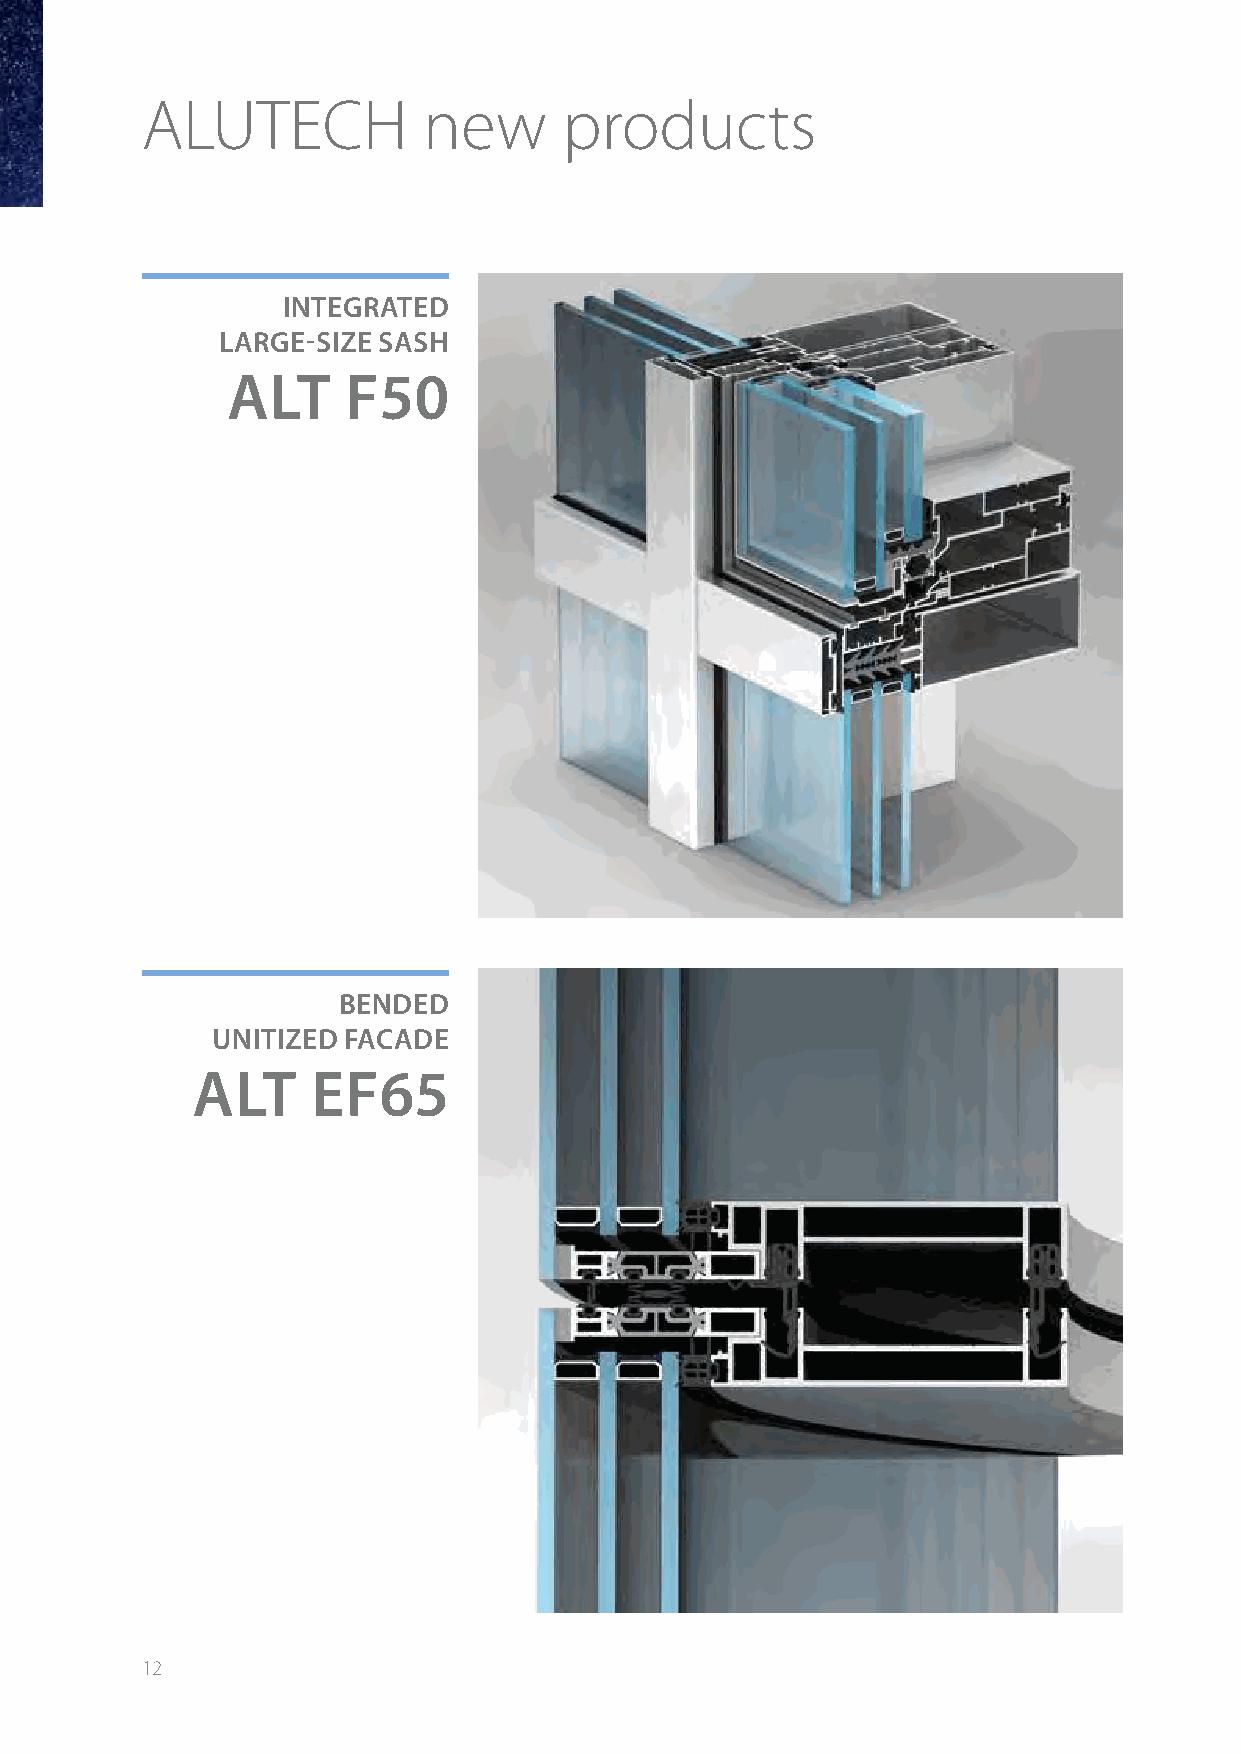
ALUTECH            new      products
 INTEGRATED
 LARGE-SIZE SASH
 ALT     F50
 BENDED
 UNITIZED FACADE
 ALT     EF65
 12